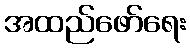
အထည်ဖော်ရေး